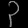
Digit: ၃